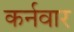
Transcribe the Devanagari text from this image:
कर्नवार